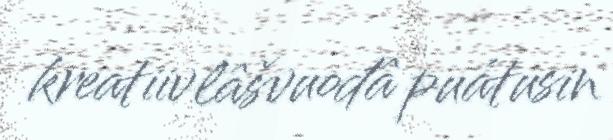
kreatiivlâšvuođâ puátusin